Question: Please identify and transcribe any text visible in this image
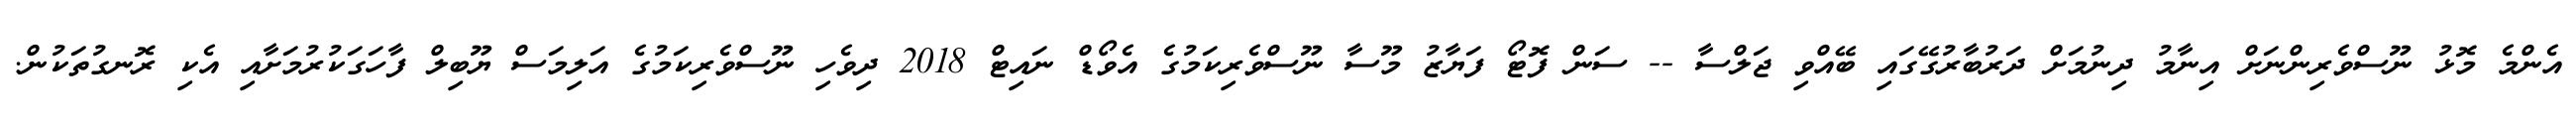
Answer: އެންމެ މޮޅު ނޫސްވެރިންނަށް އިނާމު ދިނުމަށް ދަރުބާރުގޭގައި ބޭއްވި ޖަލްސާ -- ސަން ފޮޓޯ ފަޔާޒު މޫސާ ނޫސްވެރިކަމުގެ އެވޯޑް ނައިޓް 2018 ދިވެހި ނޫސްވެރިކަމުގެ އަލިމަސް ޔޫބިލް ފާހަގަކުރުމަށާއި އެކި ރޮނގުތަކުން.